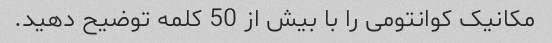
مکانیک کوانتومی را با بیش از 50 کلمه توضیح دهید.